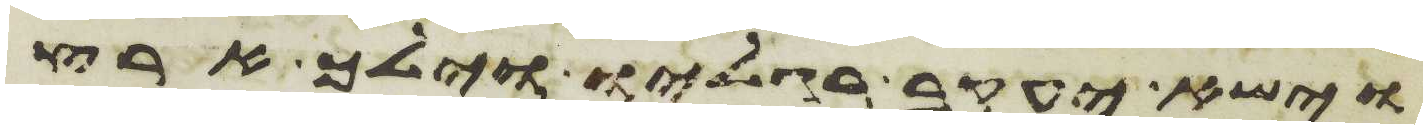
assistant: וישא יעקב רגליו וילך ארץ